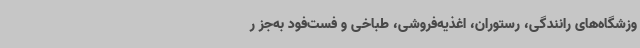
وزشگاه‌های رانندگی، رستوران، اغذیه‌فروشی، طباخی و فست‌فود به‌جز ر